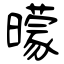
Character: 曚